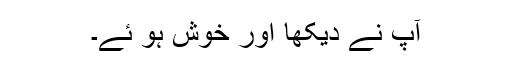
آپ نے دیکھا اور خوش ہو ئے۔